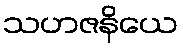
သဟဇနိယေ